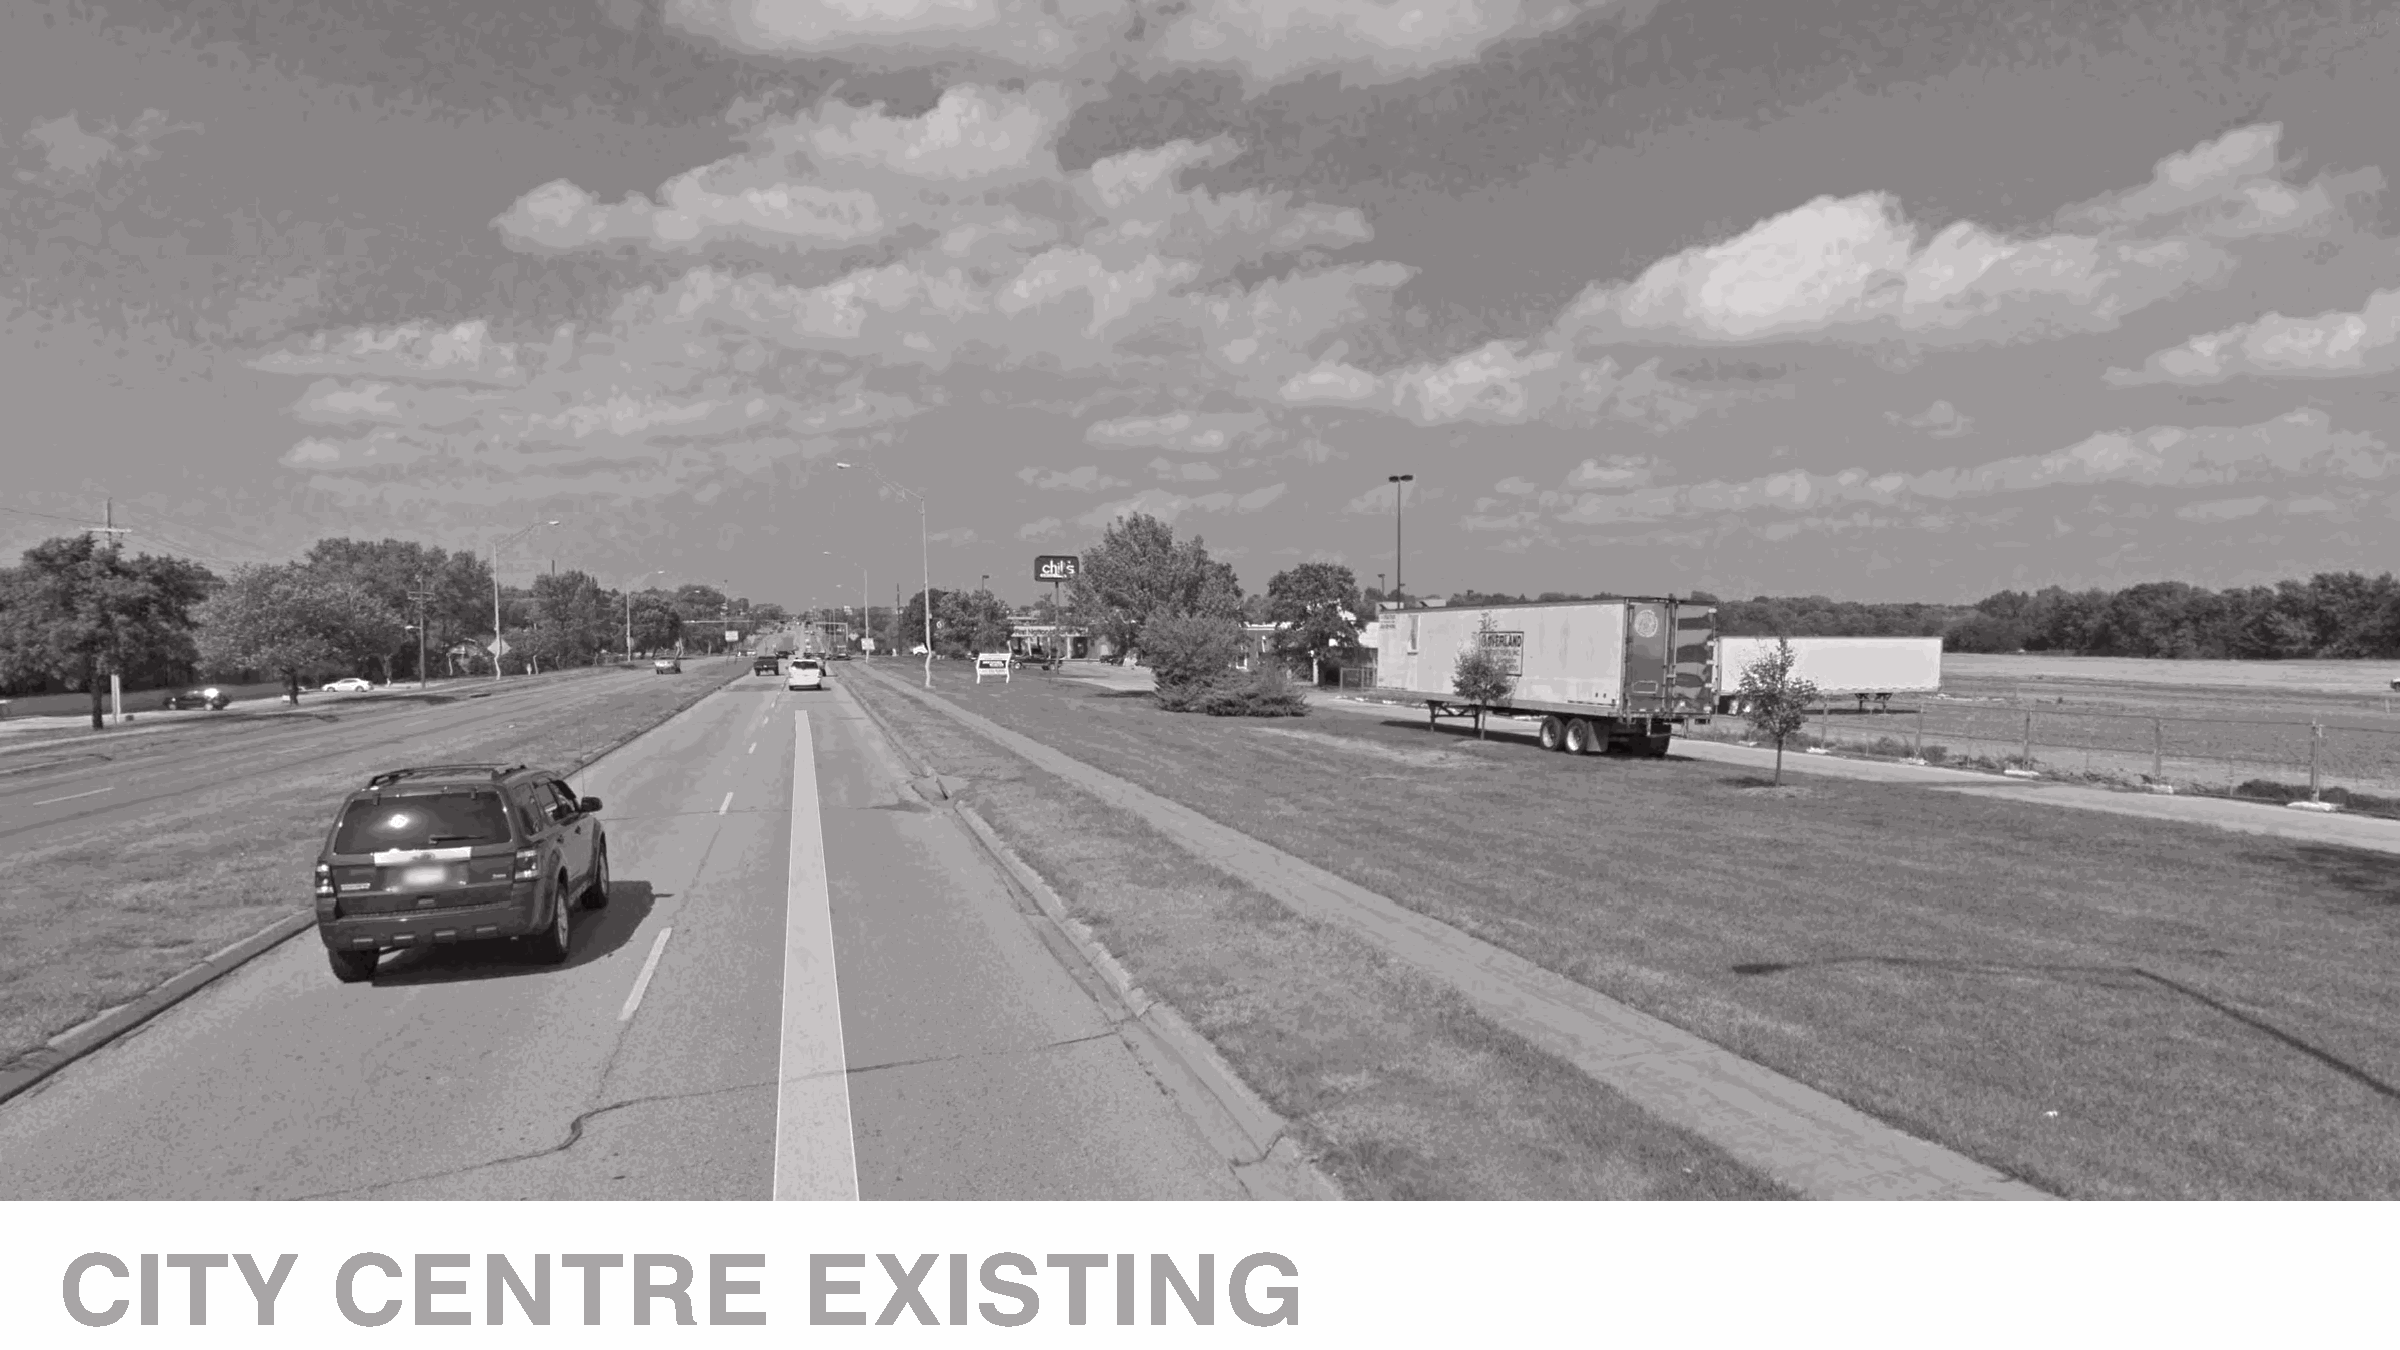
CITY              CENTRE                         EXISTING